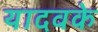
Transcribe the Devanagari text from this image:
यादवके